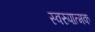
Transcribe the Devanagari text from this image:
स्वरुपात्मक